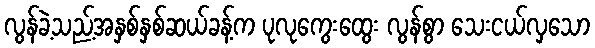
လွန်ခဲ့သည့်အနှစ်နှစ်ဆယ်ခန့်က ပုလုကွေးထွေး လွန်စွာ သေးငယ်လှသော